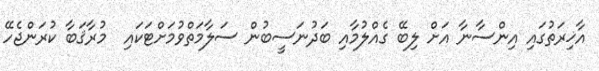
އާޚިރަތުގައި އިންސާނާ އަށް ލިބޭ ގެއްލުމާއި ބަދުނަސީބުން ސަލާމަތްވުމަށްޓަކައި  މުރާޤަބާ ކުރަންޖެހޭ